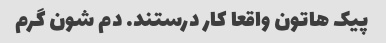
پیک هاتون واقعا کار درستند. دم شون گرم